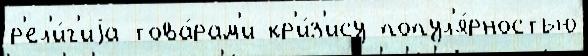
р'ел'и́г'иjа това́рам'и кр'и́з'ису попул'я́рностью